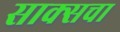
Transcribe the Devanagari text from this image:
साक्सचा